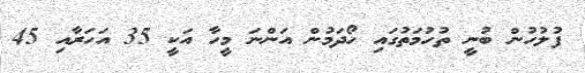
ފުލުހުން ބުނީ ތުހުމަތުގައި ހޯދަމުން އަންނަ މީހާ އަކީ 35 އަހަރާއި 45